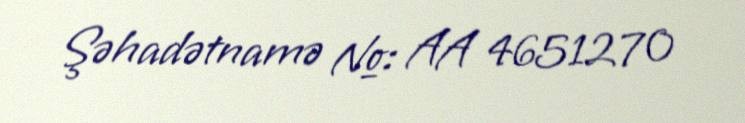
Şəhadətnamə №: AA 4651270